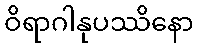
ဝိရာဂါနုပဿိနော